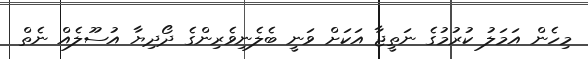
މިހެން އަމަލު ކުރުމުގެ ނަތީޖާ އަކަށް ވަނީ ބެލެނިވެރިންގެ ދޯދިޔާ އުސޫލެއް ނެތް